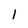
Character: 1